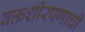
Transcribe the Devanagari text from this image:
वक्तशीरपणाची